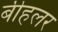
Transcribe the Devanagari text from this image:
बीहलर